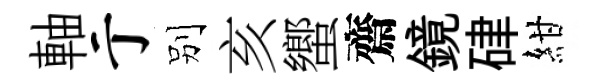
軸亍别亥蠁齋鏡硉紺